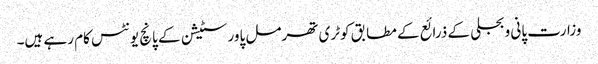
وزارت پانی و بجلی کے ذرائع کے مطابق کوٹری تھرمل پاور سٹیشن کے پانچ یونٹس کام رہے ہیں۔